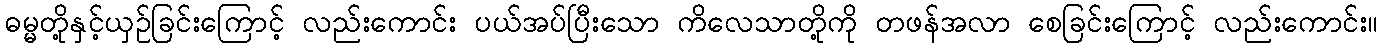
ဓမ္မတို့နှင့်ယှဉ်ခြင်းကြောင့် လည်းကောင်း ပယ်အပ်ပြီးသော ကိလေသာတို့ကို တဖန်အလာ စေခြင်းကြောင့် လည်းကောင်း။